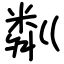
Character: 粼